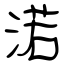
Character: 渃